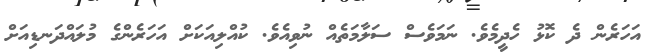
އަހަރެން ދެ ކޮޅު ހެދީމެވެ. ނަމަވެސް ސަލާމަތެއް ނުވިއެވެ. ކުއްލިއަކަށް އަހަރެންގެ މުލައްދަނޑިއަށް